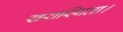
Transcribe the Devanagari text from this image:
खरास्थिता।